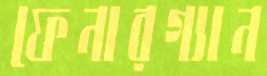
ফেনারগ্যান